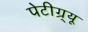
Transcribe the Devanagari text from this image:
पेटीग्र्यू